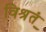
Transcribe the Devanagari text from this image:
विश्रुतं